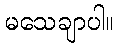
မသေချာပါ။